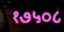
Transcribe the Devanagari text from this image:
१७५०८